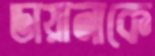
ডায়ানাকে